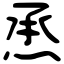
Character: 𤉋